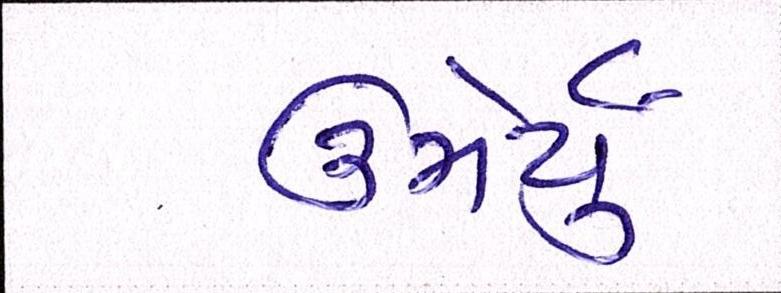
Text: ઉમેર્યું